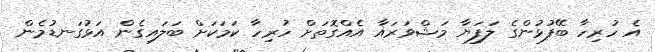
އެ ހުރިހާ ބޭފުޅުންގެ ލަފަޔާ މަޝްވަރައާ އެއްގޮތަށް ހުރިހާ ކަމަކަށް ބަލައިގެން އަޅުގަނޑުމެން